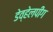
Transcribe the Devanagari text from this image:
डेव्हेलपींग